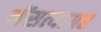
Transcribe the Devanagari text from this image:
मेंसत्याग्रह